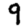
Digit: 9